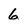
Character: 6